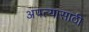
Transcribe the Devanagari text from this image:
अपत्यासाठी